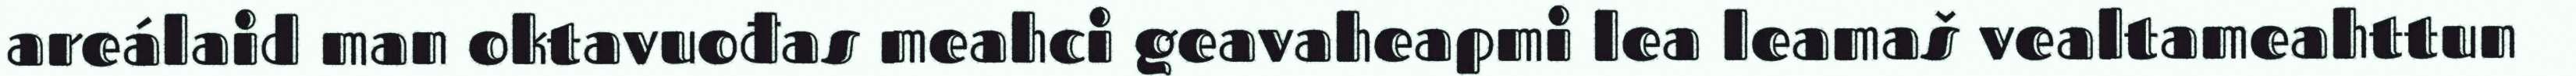
areálaid man oktavuođas meahci geavaheapmi lea leamaš vealtameahttun